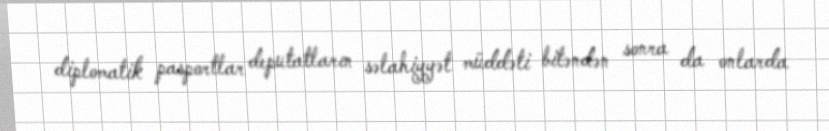
diplomatik pasportlar deputatların səlahiyyət müddəti bitəndən sonra da onlarda